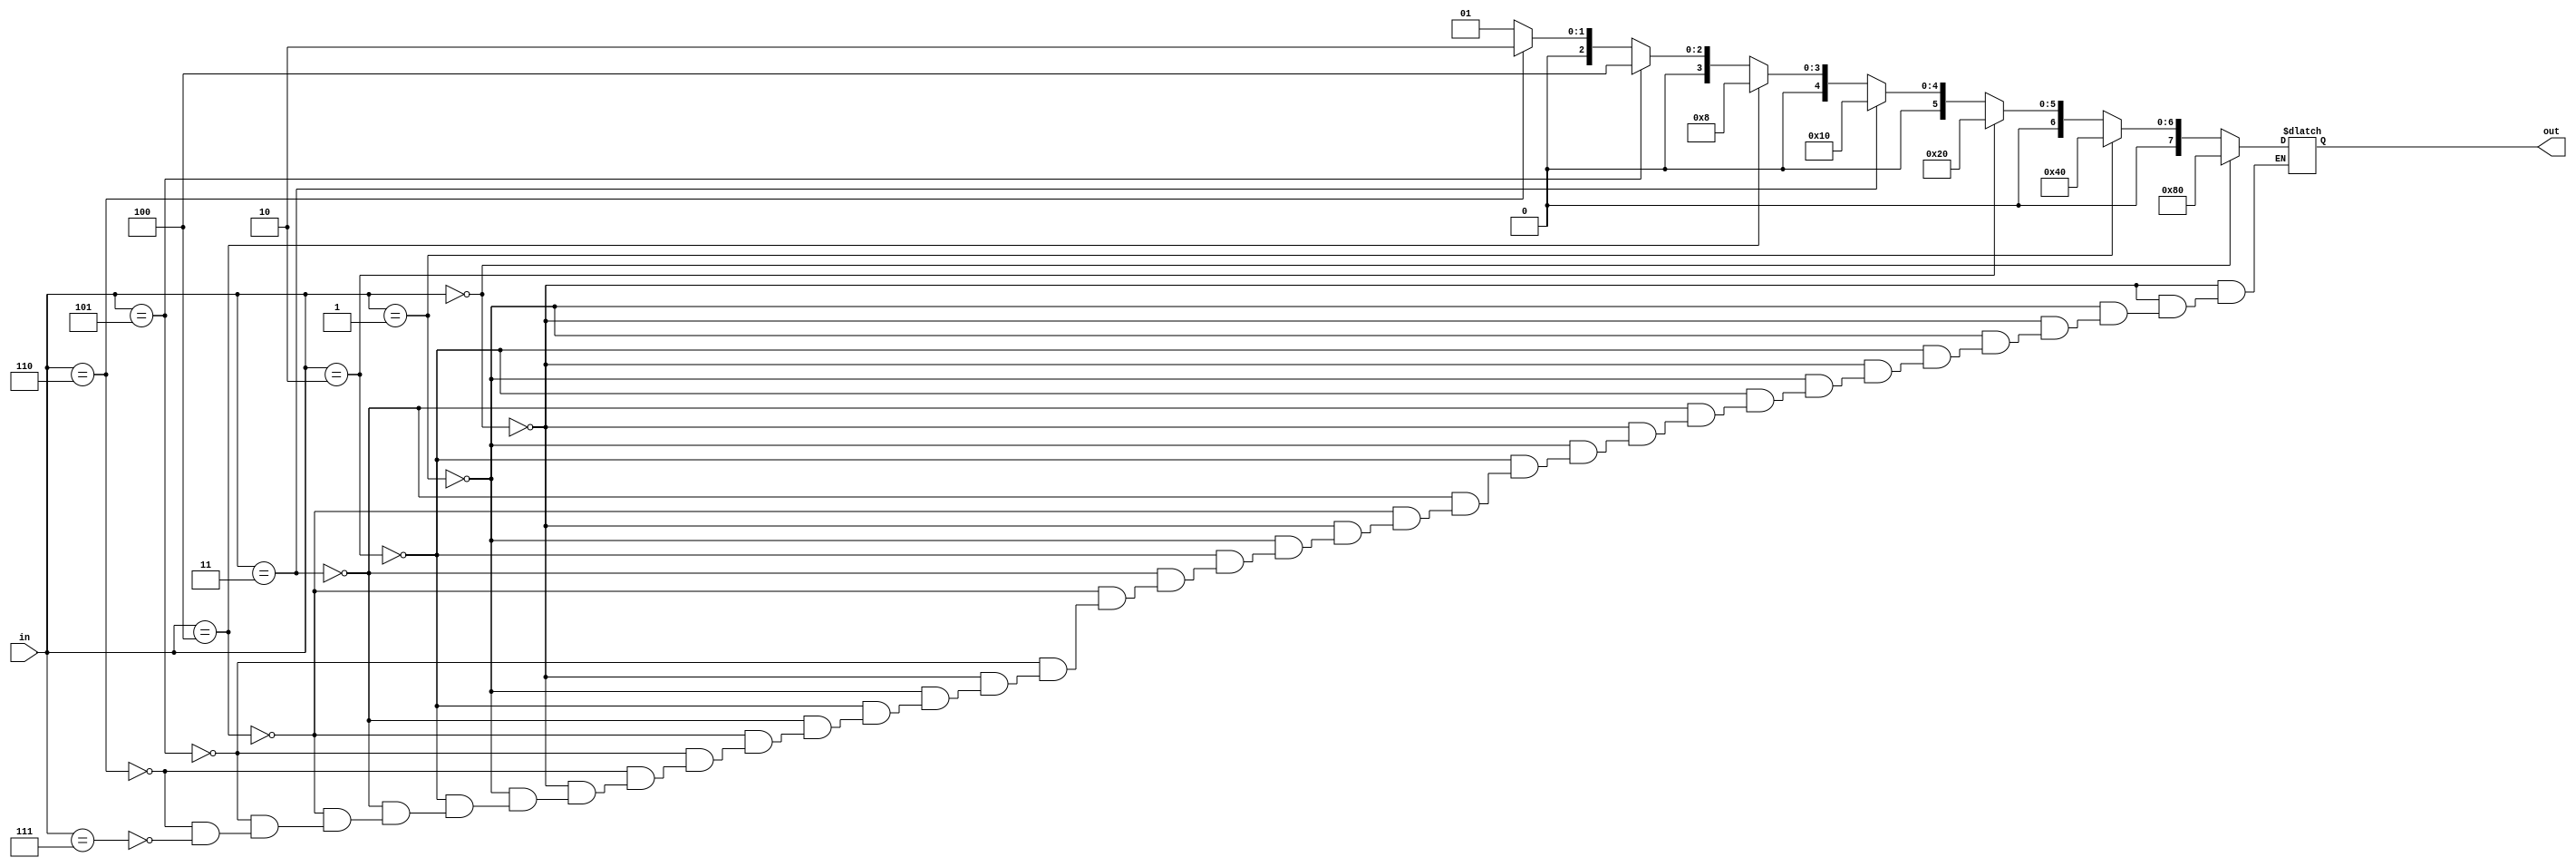
module decoder(
  in,
  out
);

input [2:0] in;
output reg [7:0] out;

always@(*)
  begin
  if(in == 3'b000)
    out = 8'b1000_0000;
  else if(in == 3'b001)
    out = 8'b0100_0000;
  else if(in == 3'b010)
    out = 8'b0010_0000;
  else if(in == 3'b011)
    out = 8'b0001_0000;
  else if(in == 3'b100)
    out = 8'b0000_1000;
  else if(in == 3'b101)
    out = 8'b0000_0100;
  else if(in == 3'b110)
    out = 8'b0000_0010;
  else if(in == 3'b111)
    out = 8'b0000_0001;
  end
endmodule